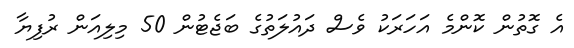
އެ ގޮތުން ކޮންމެ އަހަރަކު ވެސް ދައުލަތުގެ ބަޖެޓުން 50 މިލިއަން ރުފިޔާ